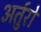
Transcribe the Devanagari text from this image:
अर्तुरो